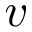
v